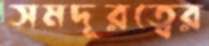
সমদূরত্বের